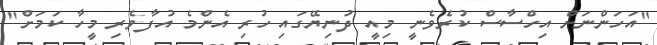
"އަހަންނަށް އިހްސާސް ކުރެވެނީ މިއީ ދުނިޔޭގައި ހުރި އެންމެ އުފާވެރި މީހާ ކަމަށް"